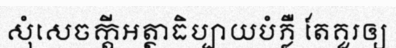
សុំសេចក្តីអត្ថាធិប្បាយបំភ្លឺ តែគួរឲ្យ